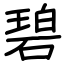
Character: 碧